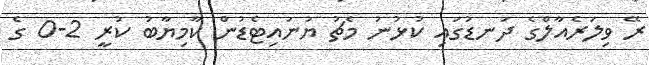
ރޭ ވިލަރެއާލްގެ ދަނޑުގައި ކުޅުނު މެޗު ޔުނައިޓެޑުން ކާމިޔާބު ކުރީ 2-0 ގެ